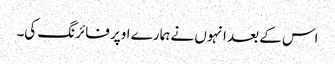
اس کے بعد انہوں نے ہمارے اوپر فائرنگ کی۔